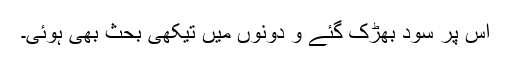
اس پر سود بھڑک گئے و دونوں میں تیکھی بحث بھی ہوئی۔